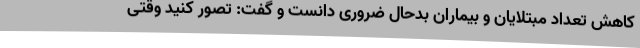
کاهش تعداد مبتلایان و بیماران بدحال ضروری دانست و گفت: تصور کنید وقتی